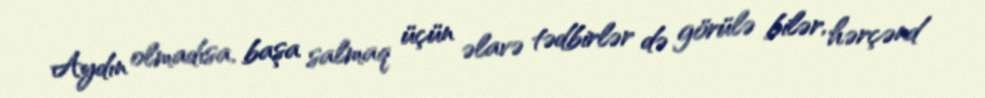
Aydın olmadısa, başa salmaq üçün əlavə tədbirlər də görülə bilər, hərçənd